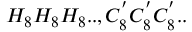
H _ { 8 } H _ { 8 } H _ { 8 } . . , C _ { 8 } ^ { ' } C _ { 8 } ^ { ' } C _ { 8 } ^ { ' } . .